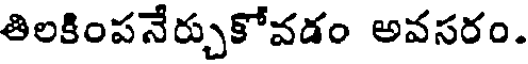
తిలకింపనేర్చుకోవడం అవసరం.